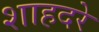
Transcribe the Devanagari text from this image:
शाहदरे